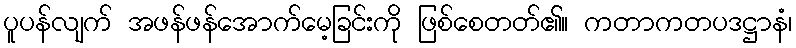
ပူပန်လျက် အဖန်ဖန်အောက်မေ့ခြင်းကို ဖြစ်စေတတ်၏။ ကတာကတပဒဋ္ဌာနံ၊